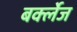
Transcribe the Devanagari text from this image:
बर्क्लेज